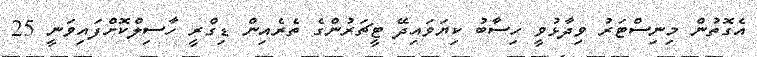
އެގޮތުން މިނިސްޓަރު ވިދާޅުވީ ހިސާބު ކިޔަވައިދޭ ޓީޗަރުންގެ ތެރެއިން ޑިގްރީ ހާސިލްކޮށްފައިވަނީ 25